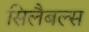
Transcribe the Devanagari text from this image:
सिलैबल्स